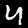
Digit: 4